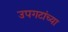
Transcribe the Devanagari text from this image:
उपगटांच्या